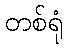
တစ်ရုံ